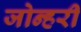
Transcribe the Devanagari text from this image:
जोन्हरी